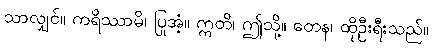
သာလျှင်။ ကရိဿာမိ၊ ပြုအံ့။ ဣတိ၊ ဤသို့။ တေန၊ ထိုဦးရီးသည်။